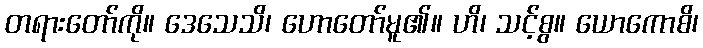
တရားတော်ကို။ ဒေသေသိ၊ ဟောတော်မူ၏။ ဟိ၊ သင့်စွ။ ယောကောစိ၊